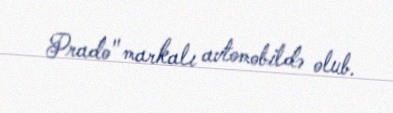
Prado" markalı avtomobildə olub.